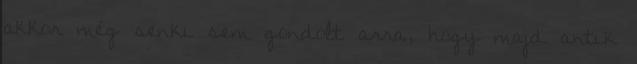
akkor még senki sem gondolt arra, hogy majd antik